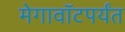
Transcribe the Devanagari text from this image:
मेगावॉटपर्यंत